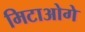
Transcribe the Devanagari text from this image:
मिटाओगे